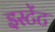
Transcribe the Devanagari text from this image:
इस्टेंट